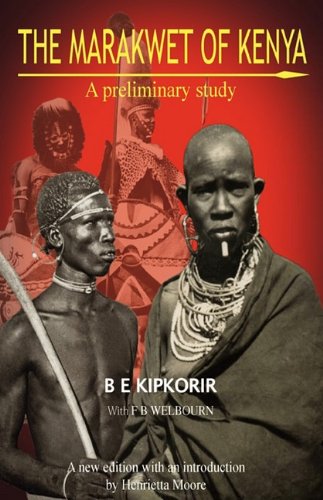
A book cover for The Marakwet of Kenya. A Preliminary Study; B. E. Kipkorir; History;